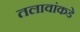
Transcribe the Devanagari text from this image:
तलावांकडे